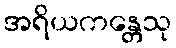
အရိယကန္တေသု